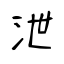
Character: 泄